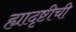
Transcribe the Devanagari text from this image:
ह्यादृष्टीची